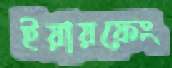
ইয়ায়ফেং